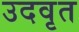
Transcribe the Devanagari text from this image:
उदवृत